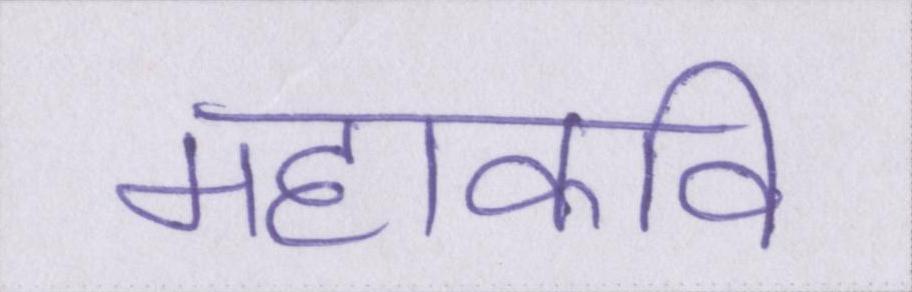
महाकवि